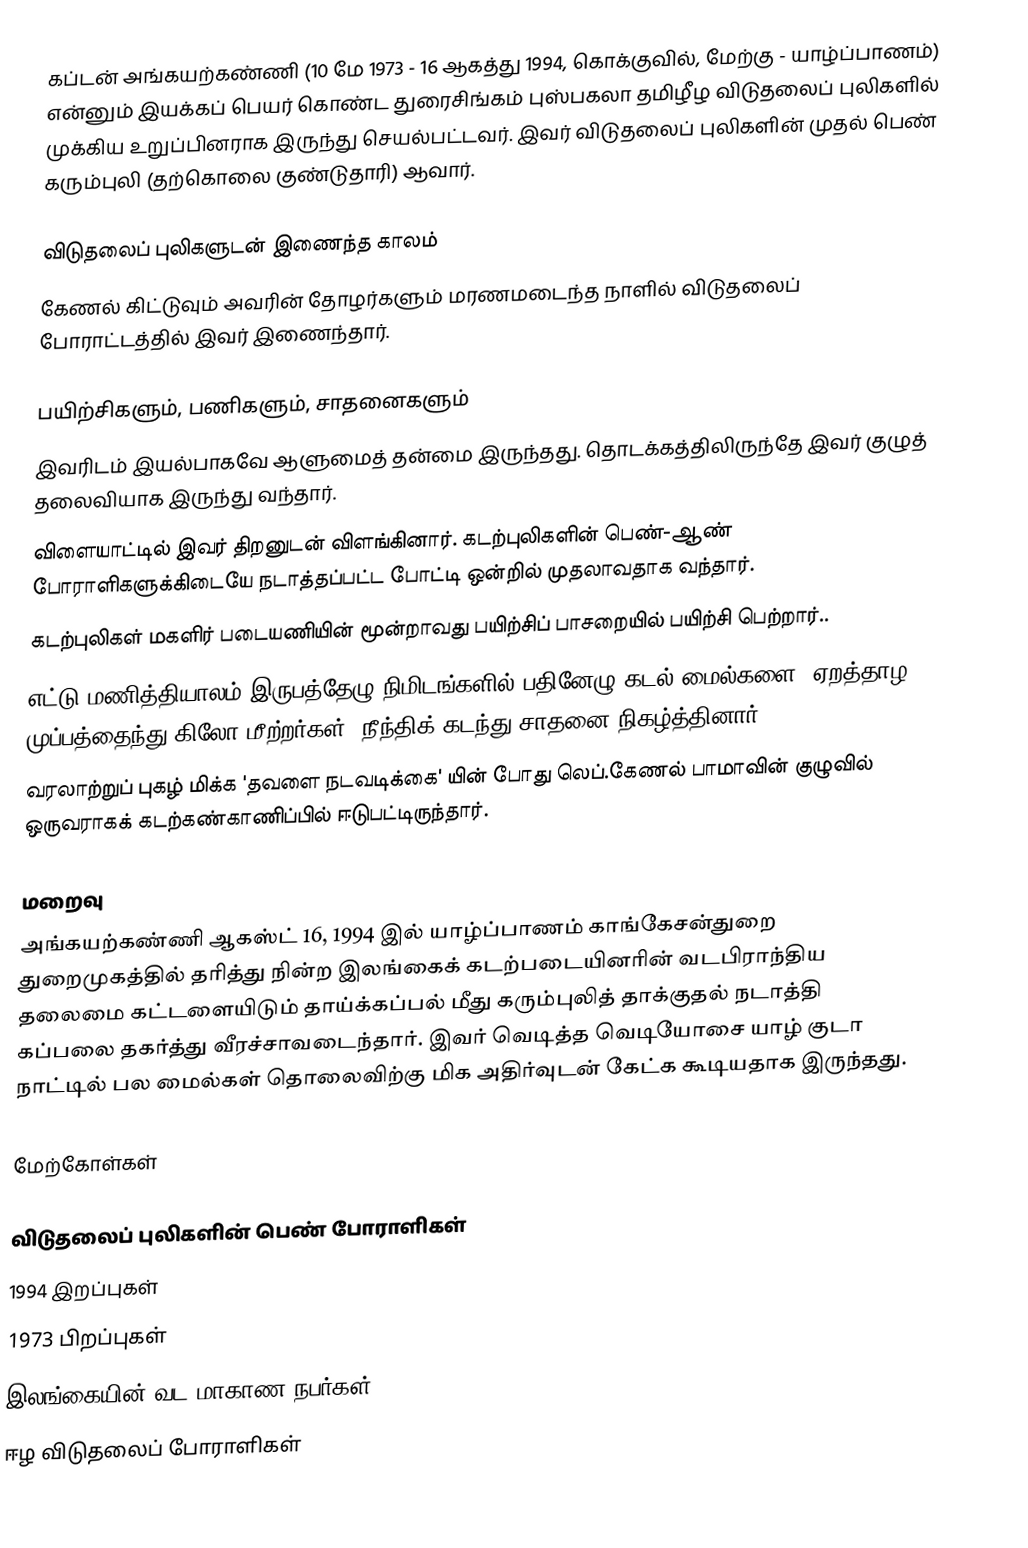
கப்டன் அங்கயற்கண்ணி (10 மே 1973 - 16 ஆகத்து 1994, கொக்குவில், மேற்கு - யாழ்ப்பாணம்) என்னும் இயக்கப் பெயர் கொண்ட துரைசிங்கம் புஸ்பகலா தமிழீழ விடுதலைப் புலிகளில் முக்கிய உறுப்பினராக இருந்து செயல்பட்டவர். இவர் விடுதலைப் புலிகளின் முதல் பெண் கரும்புலி (தற்கொலை குண்டுதாரி) ஆவார்.

விடுதலைப் புலிகளுடன் இணைந்த காலம்
கேணல் கிட்டுவும் அவரின் தோழர்களும் மரணமடைந்த நாளில் விடுதலைப் போராட்டத்தில் இவர் இணைந்தார்.

பயிற்சிகளும், பணிகளும், சாதனைகளும்
  இவரிடம் இயல்பாகவே ஆளுமைத் தன்மை இருந்தது. தொடக்கத்திலிருந்தே இவர் குழுத் தலைவியாக இருந்து வந்தார்.
  விளையாட்டில் இவர் திறனுடன் விளங்கினார். கடற்புலிகளின் பெண்-ஆண் போராளிகளுக்கிடையே நடாத்தப்பட்ட போட்டி ஒன்றில் முதலாவதாக வந்தார்.
  கடற்புலிகள் மகளிர் படையணியின் மூன்றாவது பயிற்சிப் பாசறையில் பயிற்சி பெற்றார்..
  எட்டு மணித்தியாலம் இருபத்தேழு நிமிடங்களில் பதினேழு கடல் மைல்களை (ஏறத்தாழ முப்பத்தைந்து கிலோ மீற்றர்கள்) நீந்திக் கடந்து சாதனை நிகழ்த்தினார்.
  வரலாற்றுப் புகழ் மிக்க 'தவளை நடவடிக்கை' யின் போது லெப்.கேணல் பாமாவின் குழுவில் ஒருவராகக் கடற்கண்காணிப்பில் ஈடுபட்டிருந்தார்.

மறைவு
அங்கயற்கண்ணி ஆகஸ்ட் 16, 1994 இல் யாழ்ப்பாணம் காங்கேசன்துறை துறைமுகத்தில் தரித்து நின்ற இலங்கைக் கடற்படையினரின் வடபிராந்திய தலைமை கட்டளையிடும் தாய்க்கப்பல் மீது கரும்புலித் தாக்குதல் நடாத்தி கப்பலை தகர்த்து வீரச்சாவடைந்தார். இவர் வெடித்த வெடியோசை யாழ் குடா நாட்டில் பல மைல்கள் தொலைவிற்கு மிக அதிர்வுடன் கேட்க கூடியதாக இருந்தது.

மேற்கோள்கள்

விடுதலைப் புலிகளின் பெண் போராளிகள்
1994 இறப்புகள்
1973 பிறப்புகள்
இலங்கையின் வட மாகாண நபர்கள்
ஈழ விடுதலைப் போராளிகள்